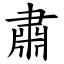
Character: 肅